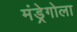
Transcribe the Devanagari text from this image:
मंड्रेगोला